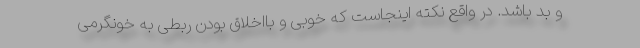
و بد باشد. در واقع نکته اینجاست که خوبی و بااخلاق بودن ربطی به خونگرمی